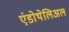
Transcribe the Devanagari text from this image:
एंडोथेलिअल